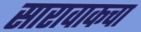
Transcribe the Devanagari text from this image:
सारावाकचा